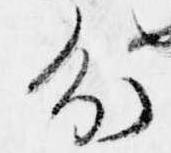
分